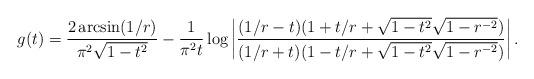
LaTeX: \begin{align*}g(t) &= \frac{2\arcsin(1/r)}{\pi^2 \sqrt{1-t^2}} - \frac{1}{\pi^2 t} \log\left|\frac{(1/r-t)(1+t/r+\sqrt{1-t^2}\sqrt{1-r^{-2}})}{(1/r+t)(1-t/r+\sqrt{1-t^2}\sqrt{1-r^{-2}})}\right|.\end{align*}